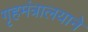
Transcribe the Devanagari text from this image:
गृहमंत्रालयाने